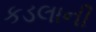
કડલાની